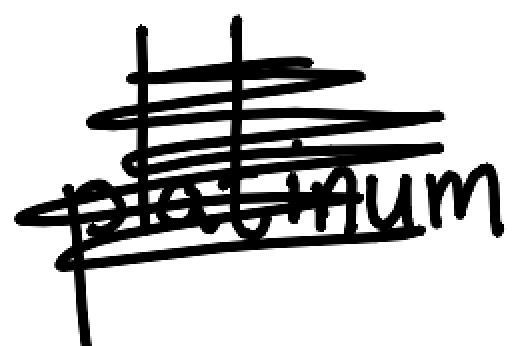
Text: platinum
Cross-out: mix
Writing tool: digital_black